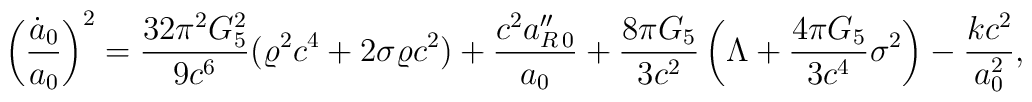
\left({\dot{a}_0\over a_0}\right)^2={{32\pi^2 G^2_5}\over{9c^6}}(\varrho^2c^4+2\sigma\varrho c^2)+{{c^2a^{\prime\prime}_{R\,0}}\over{a_0}}+{{8\pi G_5}\over{3c^2}}\left(\Lambda+{{4\pi G_5}\over{3c^4}}\sigma^2\right)-{{kc^2}\over a^2_0},